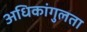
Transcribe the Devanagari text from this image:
अधिकांगुलता